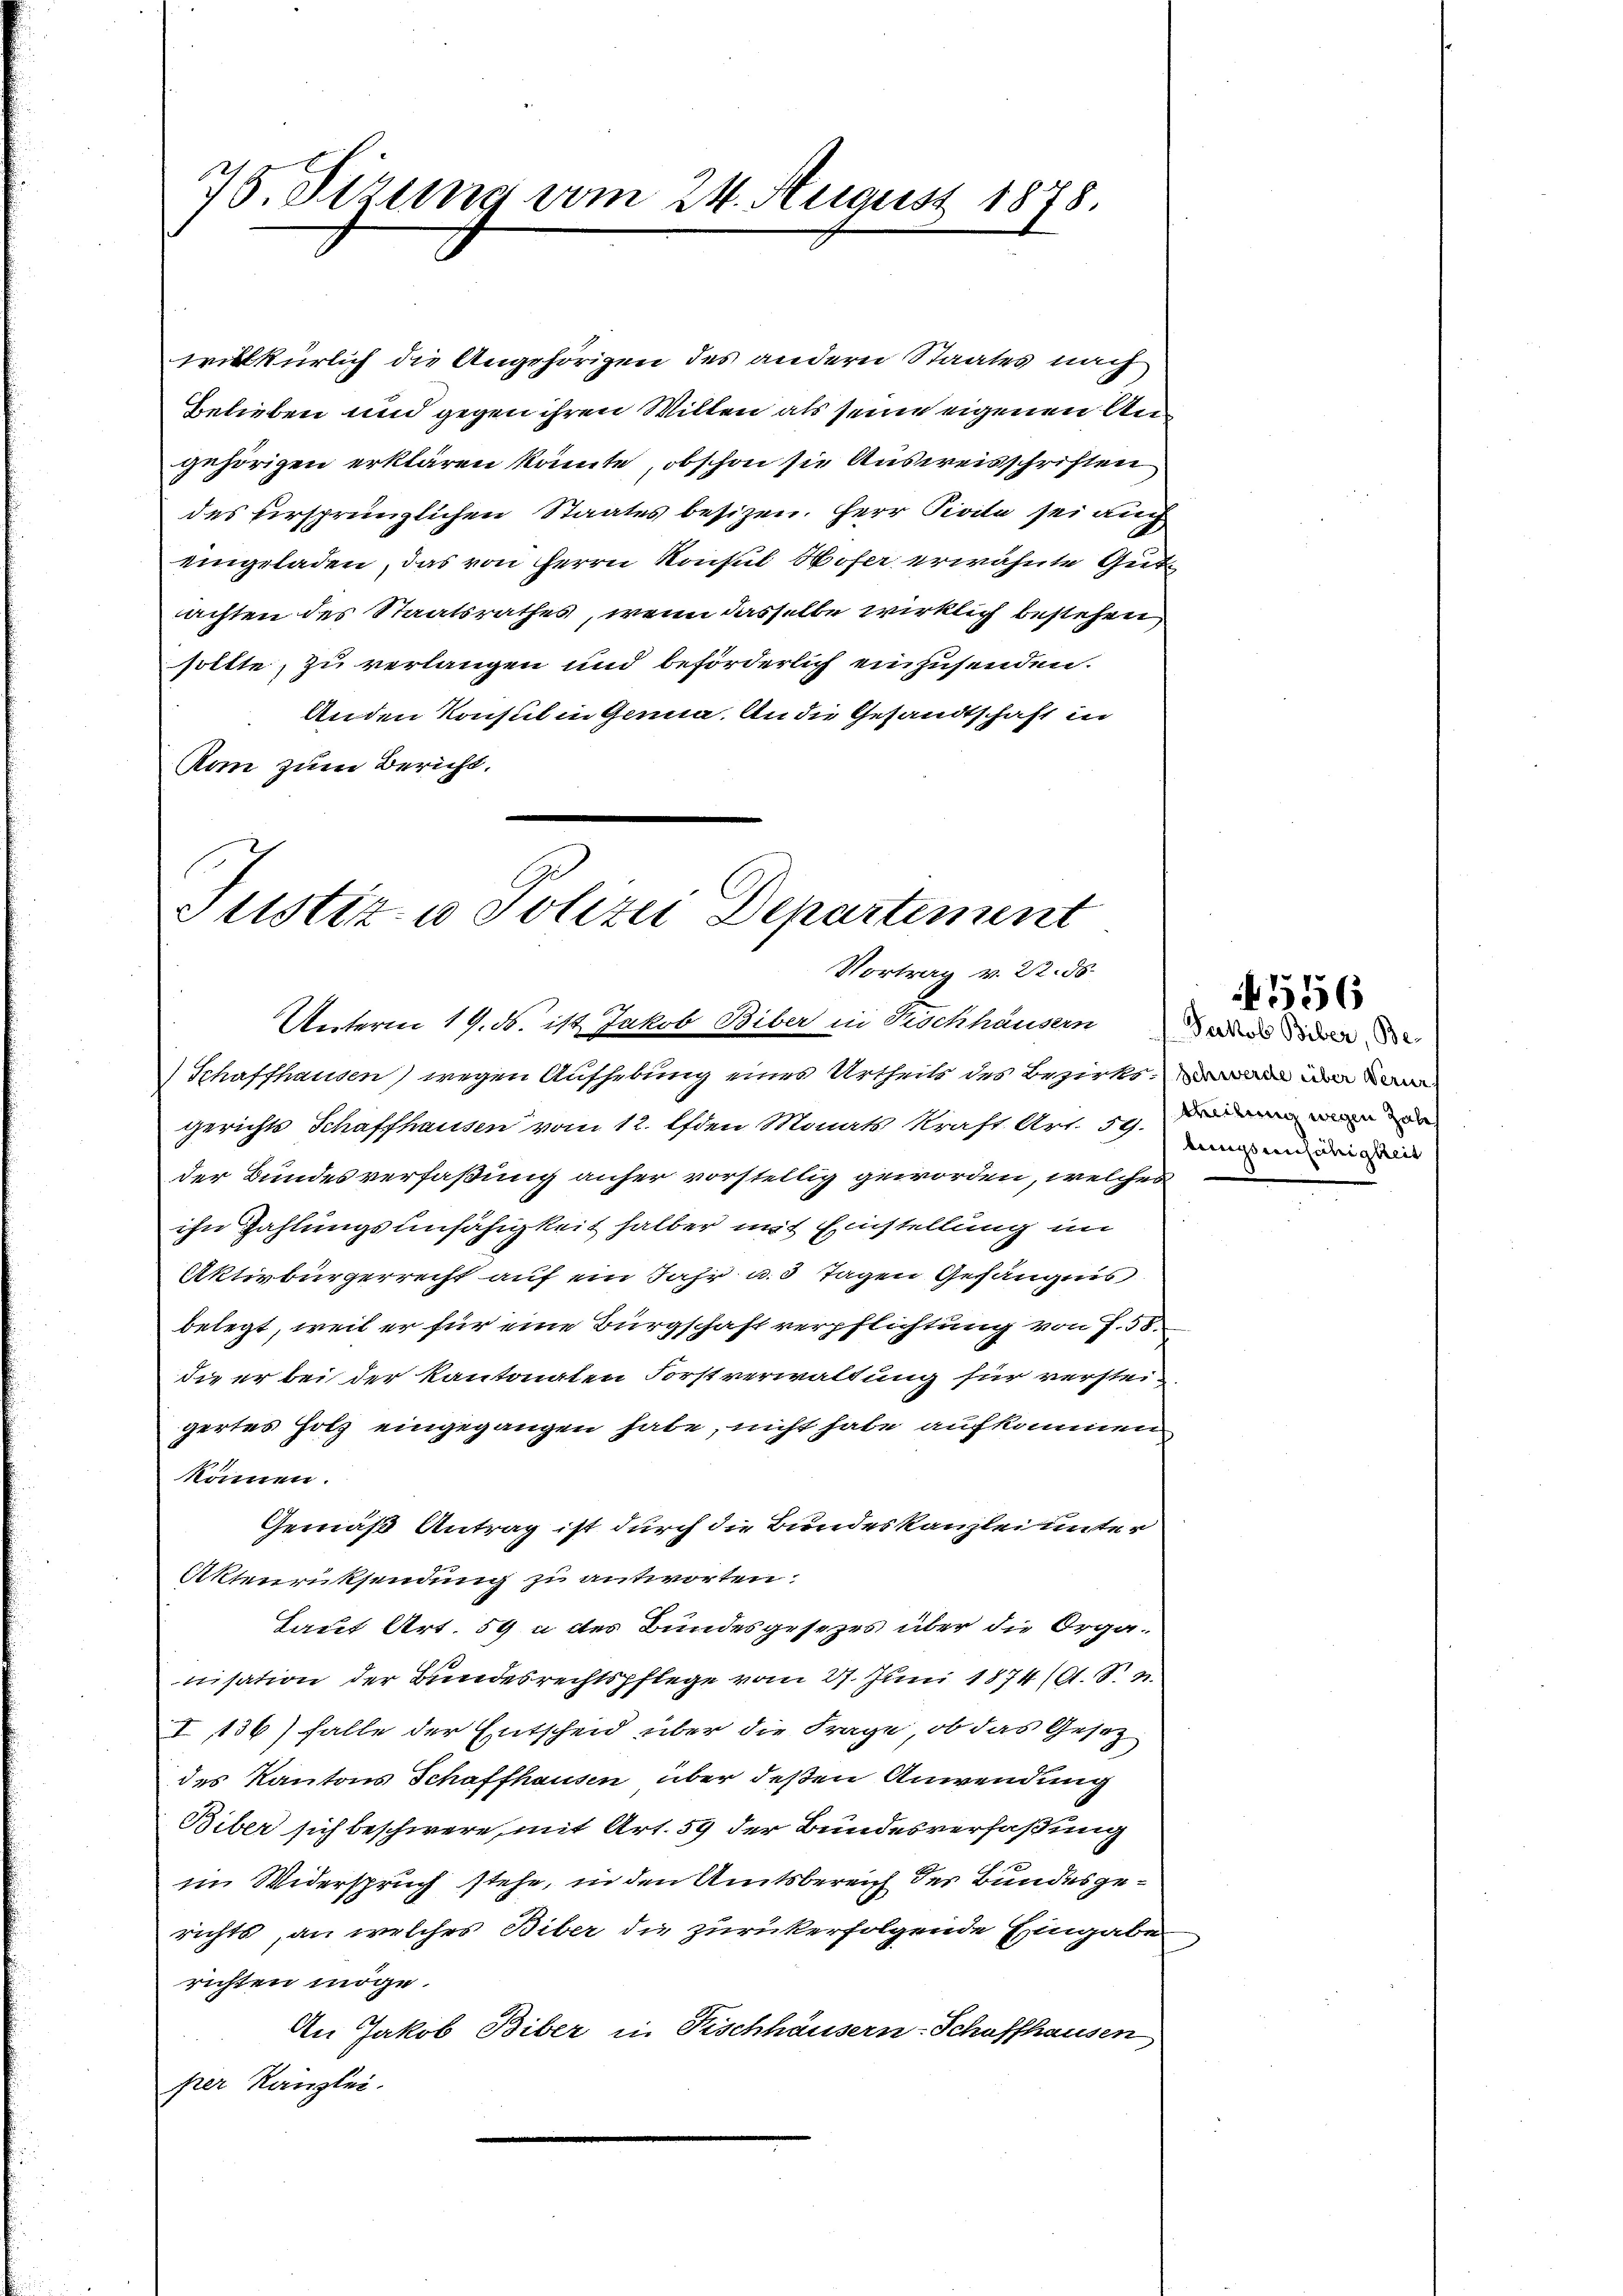
75. Sizung vom 24. August 1878.

willkürlich die Angehörigen des andern Staates nach
Gelieben und gegen ihren Willen als seine eigenen Angehörigen erklären könnte, obschon sie Ausweisschriften
des ersprünglichen Staates besitzen. Herr Seite sei auch
eingeladen, das von Herrn Konsul Hofer erwähnte Gutachten des Staatsrathes, wenn dasselbe wirklich bestehen
sollte, zu verlangen und beförderlich einzusenden.
Anden Konsul in Genua. An die Gesandtschaft in
Rom zum Bericht.

Justiz- u Polizei Departement
Vortrag v. 22. ds.

Unterm 19. N. ist. Jakob Biber in Tischhäusern an die
Schaffhausen) wegen Aufhebung eines Urtheils des Bezirksam ain
gerichts Schaffhausen vom 12. den Monats Kraft Art. 59. Der
der Bundesverfaßung anher vorstellig geworden, welches
ihn Zahlungsunfähigkeit halber mit Einstellung im
Aktivbürgerrecht auf ein Jahr u. 3 Tagen Gefängnis
belegt, weil er für eine Bürgschaft verpflichtung von J. 58.
die er bei der Kantonalen Forstverwaltung für verstei
gertes Hotz eingegangen habe, nicht habe aufkommen
können.
Gemäß Antrag ist durch die Bundeskanzlei unter
Aktenrücksendung zu antworten.
Laut Art. 59 u des Bundesgesezes über die Organisation der Bundesrechtspflege vom 27. Juni 1874 (A. S.
I, 136) falle der Entscheid über die Frage, ob das Gesezdes Kantons Schaffhausen über deßen Anwendung
Biber sich beschwere, mit Art. 59 der Bundesverfaßung
im Widerspruch stehe, in den Amtsbereich des Bundesgerichts, an welches Biber die zurückerfolgende Eingabe
richten möge.
An Jakob Biber in Fischhäusern-Schaffhausen
prer Kanzlei.

N 556

tungsunfähigkeit